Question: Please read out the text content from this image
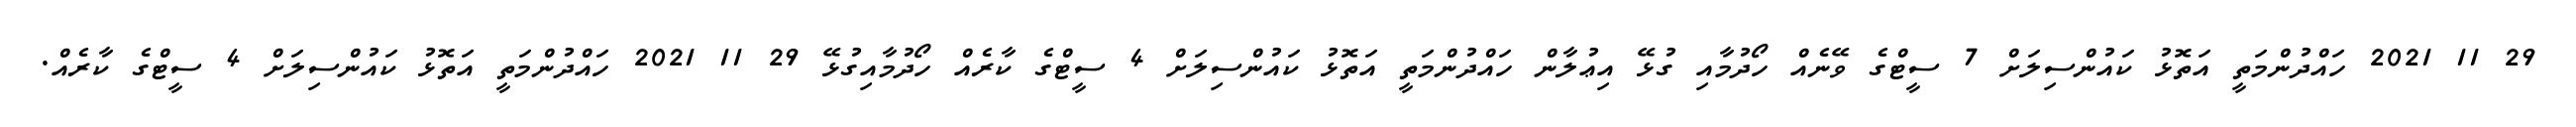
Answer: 29 11 2021 ހައްދުންމަތީ އަތޮޅު ކައުންސިލަށް 7 ސީޓްގެ ވޭނެއް ހޯދުމާއި ގުޅޭ އިޢުލާން ހައްދުންމަތީ އަތޮޅު ކައުންސިލަށް 4 ސީޓްގެ ކާރެއް ހޯދުމާއިގުޅޭ 29 11 2021 ހައްދުންމަތީ އަތޮޅު ކައުންސިލަށް 4 ސީޓްގެ ކާރެއް.